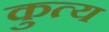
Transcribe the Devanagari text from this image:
कुत्य